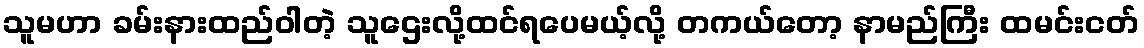
သူမဟာ ခမ်းနားထည်ဝါတဲ့ သူဌေးလို့ထင်ရပေမယ့်လို့ တကယ်တော့ နာမည်ကြီး ထမင်းငတ်